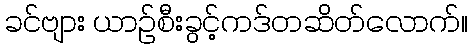
ခင်ဗျား ယာဉ်စီးခွင့်ကဒ်တဆိတ်လောက်။